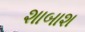
શાબાશ